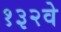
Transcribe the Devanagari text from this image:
१३२वे